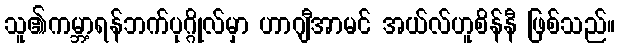
သူ၏ကမ္ဘာ့ရန်ဘက်ပုဂ္ဂိုလ်မှာ ဟာဂျီအာမင် အယ်လ်ဟူစိန်နီ ဖြစ်သည်။